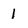
Character: 1